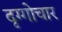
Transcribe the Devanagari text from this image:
दृग्गोचार